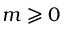
m \geqslant 0